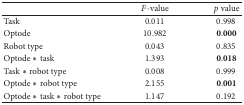
<table><thead><tr><td><b> </b></td><td><b><i>F</i>-value</b></td><td><b><i>p</i> value</b></td></tr></thead><tbody><tr><td>Task</td><td>0.011</td><td>0.998</td></tr><tr><td>Optode</td><td>10.982</td><td>0.000</td></tr><tr><td>Robot type</td><td>0.043</td><td>0.835</td></tr><tr><td>Optode<i>∗</i>task</td><td>1.393</td><td>0.018</td></tr><tr><td>Task<i>∗</i>robot type</td><td>0.008</td><td>0.999</td></tr><tr><td>Optode<i>∗</i>robot type</td><td>2.155</td><td>0.001</td></tr><tr><td>Optode<i>∗</i>task<i>∗</i>robot type</td><td>1.147</td><td>0.192</td></tr></tbody></table>